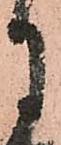
月